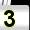
Digit: 3